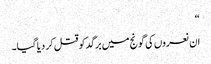
“
ان نعروں کی گونج میں برگد کو قتل کر دیا گیا۔